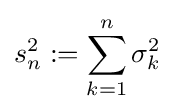
s_{n}^{2}:=\sum _{k=1}^{n}\sigma _{k}^{2}